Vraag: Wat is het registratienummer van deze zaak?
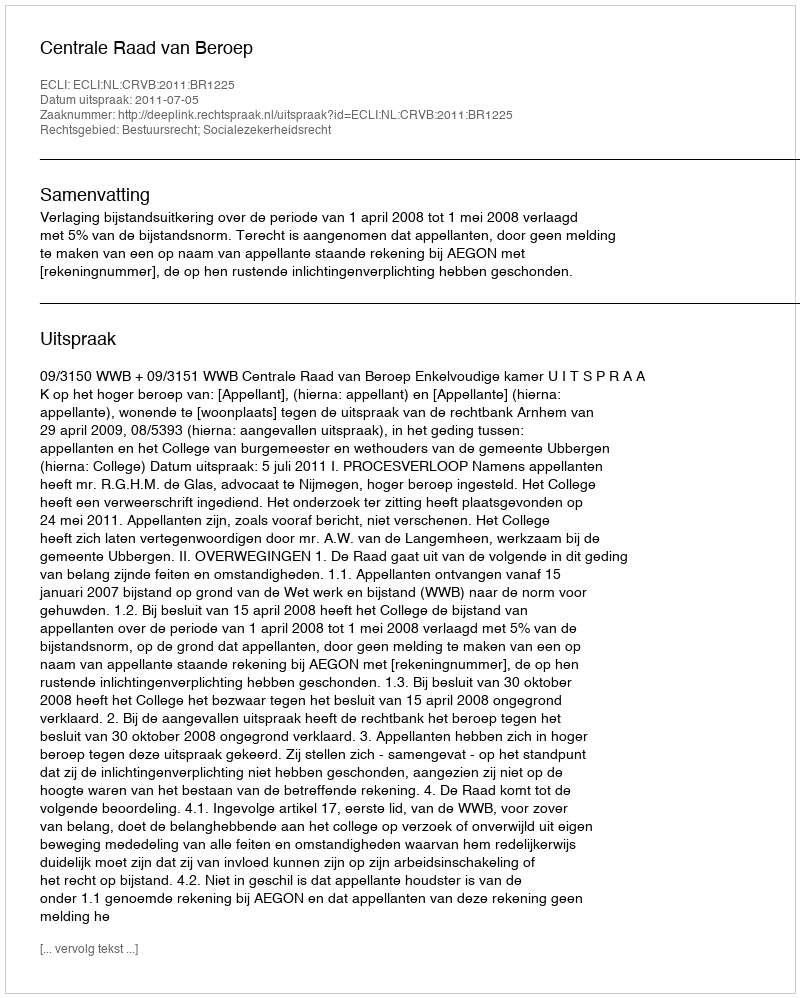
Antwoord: http://deeplink.rechtspraak.nl/uitspraak?id=ECLI:NL:CRVB:2011:BR1225